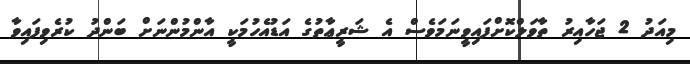
މިއަދު 2 ޖަހާއިރު ތާވަލްކޮށްފައިވީނަމަވެސް އެ ޝަރީޢާތުގެ އަޑުއެހުމަކީ އާންމުންނަށް ބަންދު ކުރެވިފައިވާ